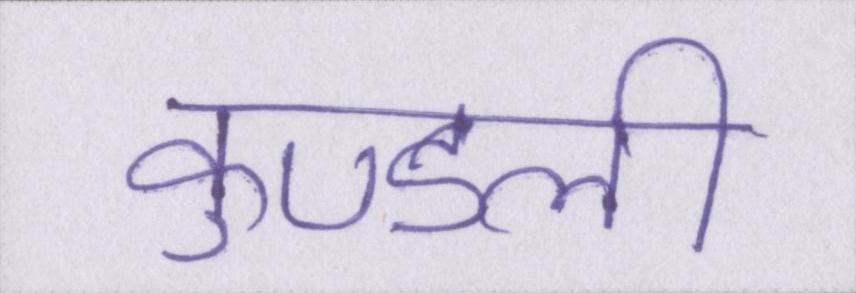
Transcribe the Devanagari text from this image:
कुण्डली